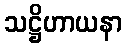
သဋ္ဌိဟာယနာ